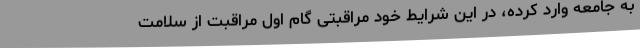
به جامعه وارد کرده، در این شرایط خود مراقبتی گام اول مراقبت از سلامت